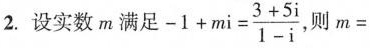
2.设实数m满足$$-1+mi= \frac{3+5}{1-i}$$，则m=